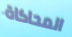
المحاكاة